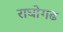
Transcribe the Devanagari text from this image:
राघोगढ